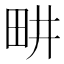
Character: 畊